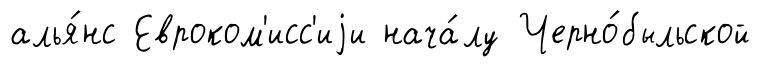
алья́нс Евроком'исс'иjи нача́лу Черно́быльской